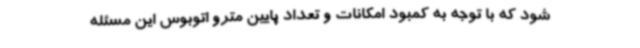
شود که با توجه به کمبود امکانات و تعداد پایین مترو اتوبوس این مسئله